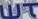
WT